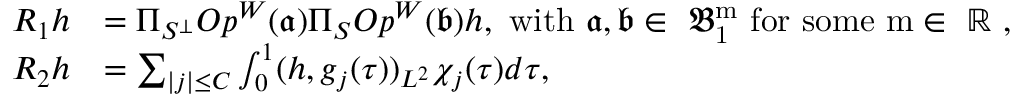
\begin{array} { r l } { R _ { 1 } h } & { = \Pi _ { S ^ { \perp } } O p ^ { W } ( \mathfrak { a } ) \Pi _ { S } O p ^ { W } ( \mathfrak { b } ) h , \mathrm { ~ w i t h ~ \mathfrak { a } , \mathfrak { b } \in ~ \mathfrak { B } ^ m _ 1 ~ f o r ~ s o m e ~ m \in ~ \mathbb { R } ~ } , } \\ { R _ { 2 } h } & { = \sum _ { | j | \le C } \int _ { 0 } ^ { 1 } ( h , g _ { j } ( \tau ) ) _ { L ^ { 2 } } \chi _ { j } ( \tau ) d \tau , } \end{array}